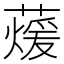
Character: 蕿